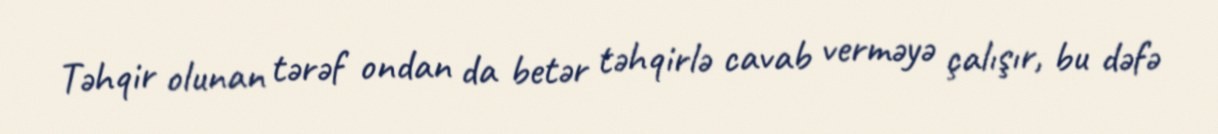
Təhqir olunan tərəf ondan da betər təhqirlə cavab verməyə çalışır, bu dəfə